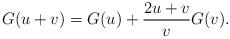
LaTeX: \begin{align*}G(u + v) = G(u) + \frac {2u + v} v G(v) .\end{align*}